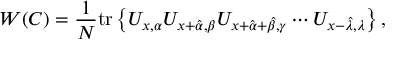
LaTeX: W ( C ) = \frac { 1 } { N } \mathrm { t r } \left\{ U _ { x , \alpha } U _ { x + \hat { \alpha } , \beta } U _ { x + \hat { \alpha } + \hat { \beta } , \gamma } \cdots U _ { x - \hat { \lambda } , \lambda } \right\} ,